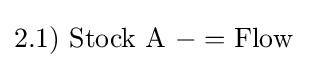
2.1)\ {\text{Stock A}}\ -={\text{Flow}}\